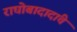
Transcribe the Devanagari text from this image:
राघोबादादांचे